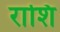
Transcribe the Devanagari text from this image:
राशि